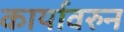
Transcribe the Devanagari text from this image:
कार्यावरुन